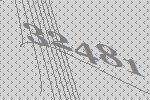
32481